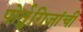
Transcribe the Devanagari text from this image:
पोर्तुगिजांची